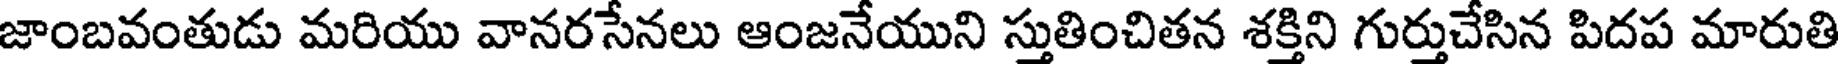
జాంబవంతుడు మరియు వానరసేనలు ఆంజనేయుని స్తుతించితన శక్తిని గుర్తుచేసిన పిదప మారుతి